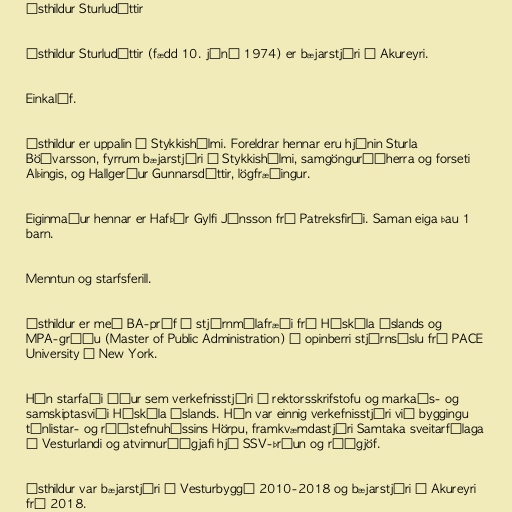
Ásthildur Sturludóttir

Ásthildur Sturludóttir (fædd 10. júní 1974) er bæjarstjóri á Akureyri.

Einkalíf.

Ásthildur er uppalin í Stykkishólmi. Foreldrar hennar eru hjónin Sturla
Böðvarsson, fyrrum bæjarstjóri í Stykkishólmi, samgönguráðherra og forseti
Alþingis, og Hallgerður Gunnarsdóttir, lögfræðingur.

Eiginmaður hennar er Hafþór Gylfi Jónsson frá Patreksfirði. Saman eiga þau 1
barn.

Menntun og starfsferill.

Ásthildur er með BA-próf í stjórnmálafræði frá Háskóla Íslands og
MPA-gráðu (Master of Public Administration) í opinberri stjórnsýslu frá PACE
University í New York.

Hún starfaði áður sem verkefnisstjóri á rektorsskrifstofu og markaðs- og
samskiptasviði Háskóla Íslands. Hún var einnig verkefnisstjóri við byggingu
tónlistar- og ráðstefnuhússins Hörpu, framkvæmdastjóri Samtaka sveitarfélaga
á Vesturlandi og atvinnuráðgjafi hjá SSV-þróun og ráðgjöf.

Ásthildur var bæjarstjóri í Vesturbyggð 2010-2018 og bæjarstjóri á Akureyri
frá 2018.